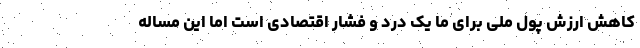
کاهش ارزش پول ملی برای ما یک درد و فشار اقتصادی است اما این مساله